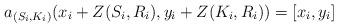
LaTeX: \begin{align*}a_{(S_i, K_i)}(x_i + Z(S_i, R_i), y_i + Z(K_i, R_i)) = [x_i, y_i]\end{align*}